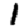
Digit: 1